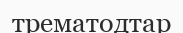
трематодтар